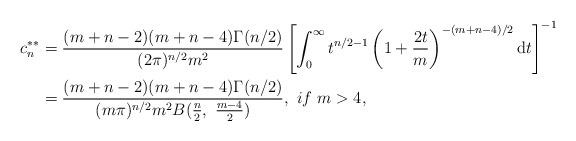
LaTeX: \begin{align*} c_{n}^{\ast\ast}&=\frac{(m+n-2)(m+n-4)\Gamma(n/2)}{(2\pi)^{n/2}m^{2}}\left[\int_{0}^{\infty}t^{n/2-1}\left(1+\frac{2t}{m}\right)^{-(m+n-4)/2}\mathrm{d}t\right]^{-1}\\ &=\frac{(m+n-2)(m+n-4)\Gamma(n/2)}{(m\pi)^{n/2}m^{2}B(\frac{n}{2},~\frac{m-4}{2})},~if~m>4, \end{align*}